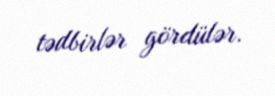
tədbirlər gördülər.